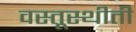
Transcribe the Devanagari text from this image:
वस्तूस्थीती